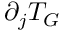
\partial _ { j } T _ { G }